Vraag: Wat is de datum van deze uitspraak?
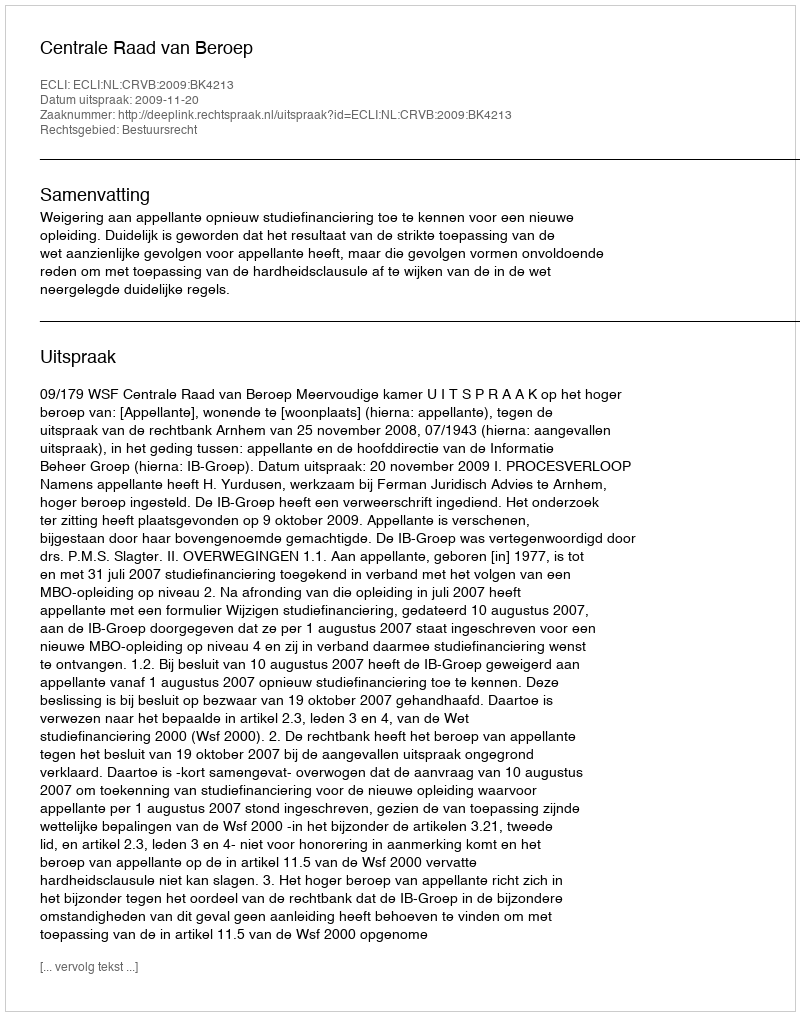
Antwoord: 2009-11-20